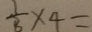
\frac { 1 } { 8 } \times 4 =